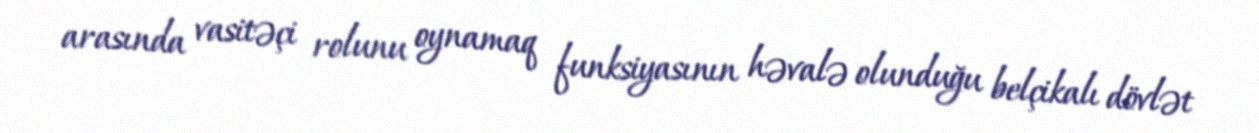
arasında vasitəçi rolunu oynamaq funksiyasının həvalə olunduğu belçikalı dövlət